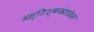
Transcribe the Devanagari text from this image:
मस्तिश्कखंडछेदन